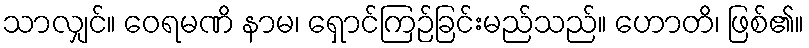
သာလျှင်။ ဝေရမဏိ နာမ၊ ရှောင်ကြဉ်ခြင်းမည်သည်။ ဟောတိ၊ ဖြစ်၏။